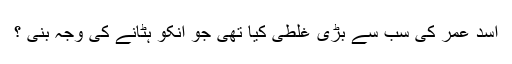
اسد عمر کی سب سے بڑی غلطی کیا تھی جو انکو ہٹانے کی وجہ بنی ؟